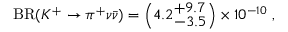
\mathrm { B R } ( K ^ { + } \to \pi ^ { + } \nu \bar { \nu } ) = \left( 4 . 2 _ { \textstyle - 3 . 5 } ^ { \textstyle + 9 . 7 } \right) \times 1 0 ^ { - 1 0 } ~ ,